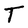
Character: T